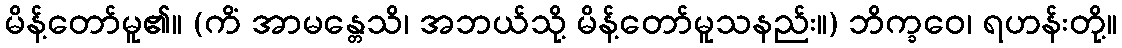
မိန့်တော်မူ၏။ (ကိံ အာမန္တေသိ၊ အဘယ်သို့ မိန့်တော်မူသနည်း။) ဘိက္ခဝေ၊ ရဟန်းတို့။